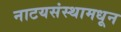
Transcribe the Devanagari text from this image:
नाटयसंस्थामधून